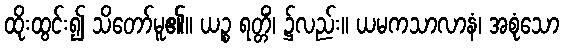
ထိုးထွင်း၍ သိတော်မူ၏။ ယဉ္စ ရတ္တိံ၊ ၌လည်း။ ယမကသာလာနံ၊ အစုံသော